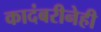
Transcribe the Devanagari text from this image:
कादंबरीनेही